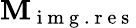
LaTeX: \textbf{M}_{\mathrm{~i~m~g~.~r~e~s~}}